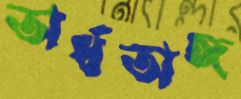
অর্ধঅঙ্গ